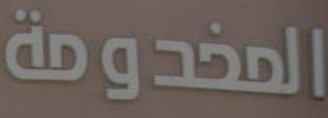
المخدومة